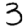
Digit: 3